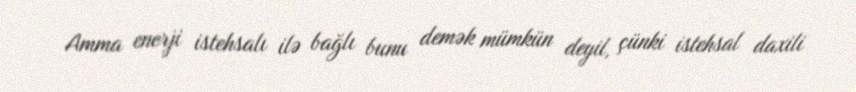
Amma enerji istehsalı ilə bağlı bunu demək mümkün deyil, çünki istehsal daxili